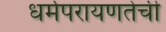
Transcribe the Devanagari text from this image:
धर्मपरायणतेची